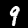
Label: 9